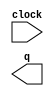
// megafunction wizard: %LPM_COUNTER%VBB%
// GENERATION: STANDARD
// VERSION: WM1.0
// MODULE: LPM_COUNTER 

// ============================================================
// Megafunction Name(s):
// 			LPM_COUNTER
//
// Simulation Library Files(s):
// 			lpm
// ============================================================
// ************************************************************
// THIS IS A WIZARD-GENERATED FILE. DO NOT EDIT THIS FILE!
//
// 13.0.1 Build 232 06/12/2013 SP 1 SJ Web Edition
// ************************************************************

//Copyright (C) 1991-2013 Altera Corporation
//Your use of Altera Corporation's design tools, logic functions 
//and other software and tools, and its AMPP partner logic 
//functions, and any output files from any of the foregoing 
//(including device programming or simulation files), and any 
//associated documentation or information are expressly subject 
//to the terms and conditions of the Altera Program License 
//Subscription Agreement, Altera MegaCore Function License 
//Agreement, or other applicable license agreement, including, 
//without limitation, that your use is for the sole purpose of 
//programming logic devices manufactured by Altera and sold by 
//Altera or its authorized distributors.  Please refer to the 
//applicable agreement for further details.

module ClockCycleCounter (
	clock,
	q);

	input	  clock;
	output	[25:0]  q;

endmodule

// ============================================================
// CNX file retrieval info
// ============================================================
// Retrieval info: PRIVATE: ACLR NUMERIC "0"
// Retrieval info: PRIVATE: ALOAD NUMERIC "0"
// Retrieval info: PRIVATE: ASET NUMERIC "0"
// Retrieval info: PRIVATE: ASET_ALL1 NUMERIC "1"
// Retrieval info: PRIVATE: CLK_EN NUMERIC "0"
// Retrieval info: PRIVATE: CNT_EN NUMERIC "0"
// Retrieval info: PRIVATE: CarryIn NUMERIC "0"
// Retrieval info: PRIVATE: CarryOut NUMERIC "0"
// Retrieval info: PRIVATE: Direction NUMERIC "0"
// Retrieval info: PRIVATE: INTENDED_DEVICE_FAMILY STRING "Cyclone IV E"
// Retrieval info: PRIVATE: ModulusCounter NUMERIC "1"
// Retrieval info: PRIVATE: ModulusValue NUMERIC "50000000"
// Retrieval info: PRIVATE: SCLR NUMERIC "0"
// Retrieval info: PRIVATE: SLOAD NUMERIC "0"
// Retrieval info: PRIVATE: SSET NUMERIC "0"
// Retrieval info: PRIVATE: SSET_ALL1 NUMERIC "1"
// Retrieval info: PRIVATE: SYNTH_WRAPPER_GEN_POSTFIX STRING "0"
// Retrieval info: PRIVATE: nBit NUMERIC "26"
// Retrieval info: PRIVATE: new_diagram STRING "1"
// Retrieval info: LIBRARY: lpm lpm.lpm_components.all
// Retrieval info: CONSTANT: LPM_DIRECTION STRING "UP"
// Retrieval info: CONSTANT: LPM_MODULUS NUMERIC "50000000"
// Retrieval info: CONSTANT: LPM_PORT_UPDOWN STRING "PORT_UNUSED"
// Retrieval info: CONSTANT: LPM_TYPE STRING "LPM_COUNTER"
// Retrieval info: CONSTANT: LPM_WIDTH NUMERIC "26"
// Retrieval info: USED_PORT: clock 0 0 0 0 INPUT NODEFVAL "clock"
// Retrieval info: USED_PORT: q 0 0 26 0 OUTPUT NODEFVAL "q[25..0]"
// Retrieval info: CONNECT: @clock 0 0 0 0 clock 0 0 0 0
// Retrieval info: CONNECT: q 0 0 26 0 @q 0 0 26 0
// Retrieval info: GEN_FILE: TYPE_NORMAL ClockCycleCounter.v TRUE
// Retrieval info: GEN_FILE: TYPE_NORMAL ClockCycleCounter.inc FALSE
// Retrieval info: GEN_FILE: TYPE_NORMAL ClockCycleCounter.cmp FALSE
// Retrieval info: GEN_FILE: TYPE_NORMAL ClockCycleCounter.bsf FALSE
// Retrieval info: GEN_FILE: TYPE_NORMAL ClockCycleCounter_inst.v TRUE
// Retrieval info: GEN_FILE: TYPE_NORMAL ClockCycleCounter_bb.v TRUE
// Retrieval info: LIB_FILE: lpm